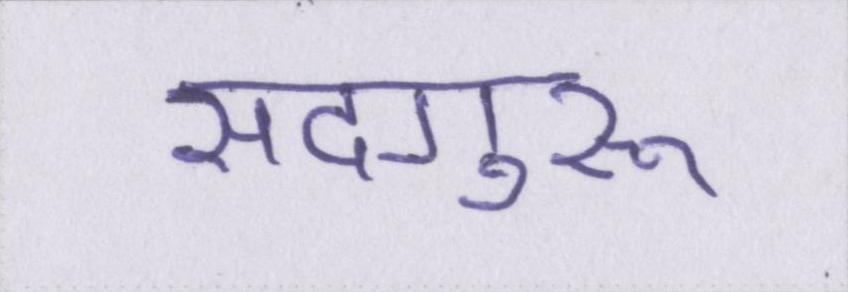
सदगुरू